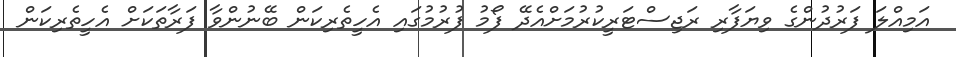
އަމިއްލަ ފަރުދުންގެ ވިޔަފާރި ރަޖިސްޓަރީކުރުމަށްއެދޭ ފޯމު ފުރުމުގައި އެހީތެރިކަން ބޭނުންވާ ފަރާތަކަށް އެހީތެރިކަން